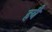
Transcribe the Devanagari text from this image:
हबै